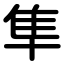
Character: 隼